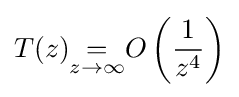
T(z){\underset {z\to \infty }{=}}O\left({\frac {1}{z^{4}}}\right)